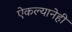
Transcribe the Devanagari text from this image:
ऐकल्यानेही